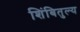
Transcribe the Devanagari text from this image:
शिंबितुल्य